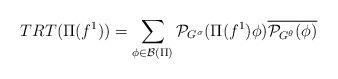
LaTeX: \begin{align*} TRT(\Pi(f^1))=\sum_{\phi \in \mathcal{B}(\Pi)}\mathcal{P}_{G^{\sigma}}(\Pi(f^1)\phi)\overline{\mathcal{P}_{G^{\theta}}(\phi)}\end{align*}